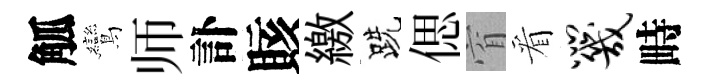
觚鸞师訃賅繳跣偲窅看咒畤